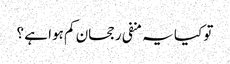
تو کیا یہ منفی رجحان کم ہوا ہے ؟